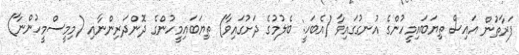
ފަރާތުން އައިސް ތިޔަބައިމީހުންގެ އުނގުގައިވާ (އެބަހީ: ބެލުމުގެ ދަށުގައިވާ) ތިޔަބައިމީހުންގެ ދޮންދަރިންނާއި (މިމީސްމީހުންނާ)